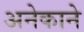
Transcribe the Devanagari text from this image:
अनेकाने